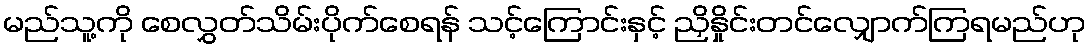
မည်သူ့ကို စေလွှတ်သိမ်းပိုက်စေရန် သင့်ကြောင်းနှင့် ညှိနှိုင်းတင်လျှောက်ကြရမည်ဟု